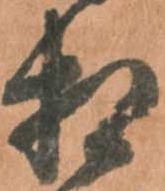
相